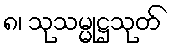
၈၊ သုသမ္မုဋ္ဌသုတ်